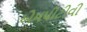
એમપીટીવી